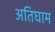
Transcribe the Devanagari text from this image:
अतिघाम